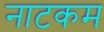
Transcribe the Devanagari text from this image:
नाटकम